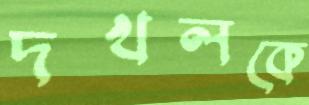
দখলকে